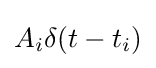
A_{i}\delta (t-t_{i})